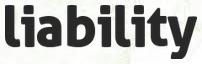
liability